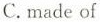
C.made of